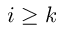
i \geq k